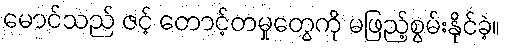
မောင်သည် ဇင့် တောင့်တမှုတွေကို မဖြည့်စွမ်းနိုင်ခဲ့။